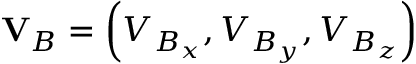
\mathbf { V } _ { B } = \left( V _ { B _ { x } } , V _ { B _ { y } } , V _ { B _ { z } } \right)